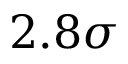
2 . 8 \sigma